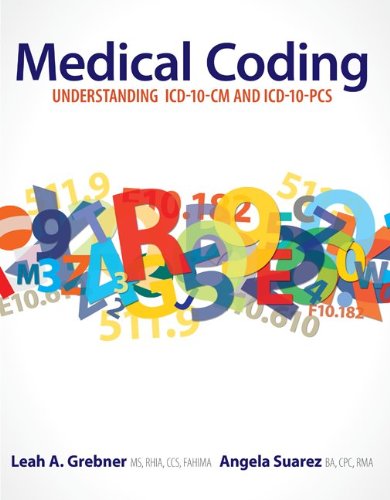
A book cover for Medical Coding: Understanding ICD-10-CM and ICD-10-PCS; Leah Grebner; Medical Books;